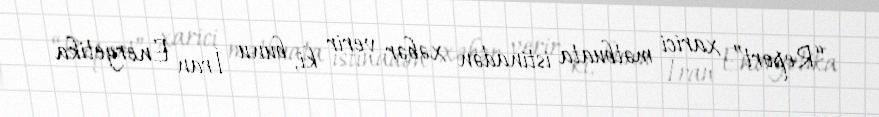
“Report” xarici mətbuata istinadən xəbər verir ki, bunu İran Energetika